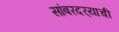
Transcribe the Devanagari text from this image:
सांबरदर्‍याची